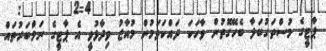
ޕާޓީގެ މުސްތަގުބަލާ ބެހޭގޮތުން ވާހަކަ ދައްކަވަމުން މުއާޒު ވިދާޅުވީ އެ ޕާޓީގެ ނަމްބަރުތައް